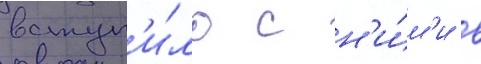
вступ'и́ло с н'и́м'и в